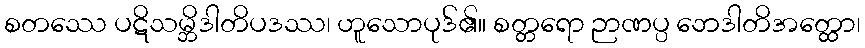
စတဿေ ပဋိသမ္ဘိဒါတိပဒဿ၊ ဟူသောပုဒ်၏။ စတ္တရော ဉာဏပ္ပ ဘေဒါတိအတ္ထော၊